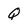
Character: Q